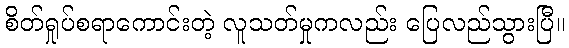
စိတ်ရှုပ်စရာကောင်းတဲ့ လူသတ်မှုကလည်း ပြေလည်သွားပြီ။